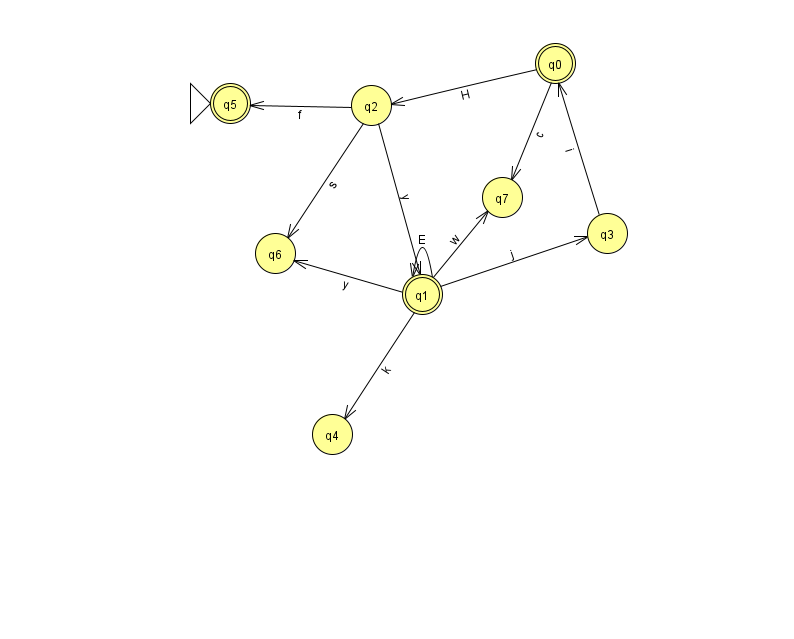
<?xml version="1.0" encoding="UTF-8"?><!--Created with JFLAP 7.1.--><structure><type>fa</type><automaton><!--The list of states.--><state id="0" name="q0"><x>555.0</x><y>50.0</y><final/></state><state id="1" name="q1"><x>422.0</x><y>281.0</y><final/></state><state id="2" name="q2"><x>371.0</x><y>92.0</y></state><state id="3" name="q3"><x>607.0</x><y>220.0</y></state><state id="4" name="q4"><x>332.0</x><y>421.0</y></state><state id="5" name="q5"><x>230.0</x><y>90.0</y><initial/><final/></state><state id="6" name="q6"><x>275.0</x><y>240.0</y></state><state id="7" name="q7"><x>502.0</x><y>184.0</y></state><!--The list of transitions.--><transition><from>1</from><to>3</to><read>j</read></transition><transition><from>1</from><to>4</to><read>k</read></transition><transition><from>1</from><to>1</to><read>E</read></transition><transition><from>1</from><to>6</to><read>y</read></transition><transition><from>3</from><to>0</to><read>i</read></transition><transition><from>2</from><to>5</to><read>f</read></transition><transition><from>2</from><to>1</to><read>y</read></transition><transition><from>0</from><to>2</to><read>H</read></transition><transition><from>0</from><to>7</to><read>c</read></transition><transition><from>2</from><to>6</to><read>s</read></transition><transition><from>1</from><to>7</to><read>w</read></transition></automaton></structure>